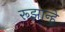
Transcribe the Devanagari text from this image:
रूझान्हे